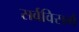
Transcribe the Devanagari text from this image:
सर्वविसर्ग